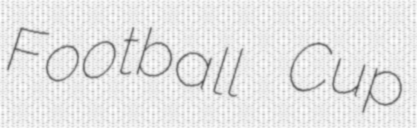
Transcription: Football Cup